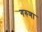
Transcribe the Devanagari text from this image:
गरुणा